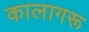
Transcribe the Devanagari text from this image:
कालागरू